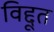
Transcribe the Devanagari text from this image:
विद्दूत